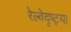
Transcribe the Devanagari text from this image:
रेल्वेदृष्ट्या